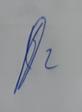
Signature authenticity: genuine